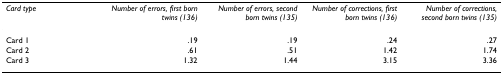
| Card type | Number of errors, first born twins (136) | Number of errors, second born twins (135) | Number of corrections, first born twins (136) | Number of corrections, second born twins (135) |
 | --- | --- | --- | --- | --- |
 | Card 1 | .19 | .19 | .24 | .27 |
 | Card 2 | .61 | .51 | 1.42 | 1.74 |
 | Card 3 | 1.32 | 1.44 | 3.15 | 3.36 |